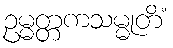
ဥမ္မတ္တကသမ္မုတိံ